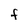
Character: f